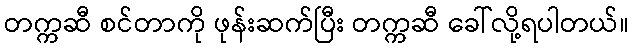
တက္ကဆီ စင်တာကို ဖုန်းဆက်ပြီး တက္ကဆီ ခေါ်လို့ရပါတယ်။